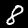
Digit: 8